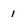
Character: 1